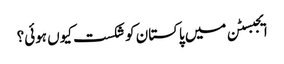
ایجبسٹن میں پاکستان کو شکست کیوں ہوئی؟